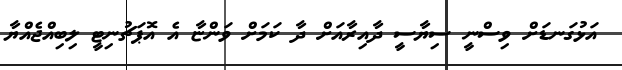
އަޅުގަނޑަށް ވިސްނީ ސިޔާސީ ދާއިރާއަށް ދާ ކަމަށް ވަންޏާ އެ އޮޕަޗުނިޓީ ލިބިއްޖެއްޔާ